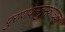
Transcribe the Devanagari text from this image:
पुराणवस्तुसंशोधक